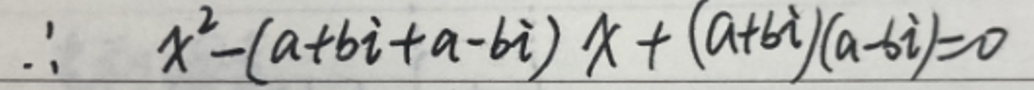
\[\therefore x^{2}-(a + bi + a - bi)x+(a + bi)(a - bi)=0\]